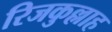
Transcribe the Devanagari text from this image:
रिजकुल्लाह